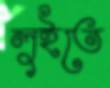
লুইতে